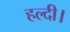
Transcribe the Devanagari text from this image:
हल्दी।